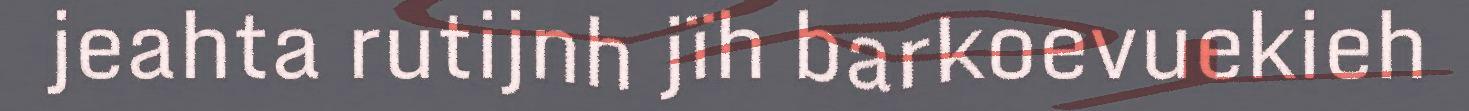
jeahta rutijnh jïh barkoevuekieh